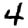
Digit: 4